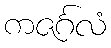
ကဇင်္ဂလံ